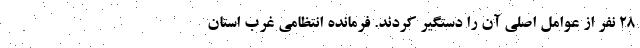
۲۸ نفر از عوامل اصلی آن را دستگیر کردند. فرمانده انتظامی غرب استان